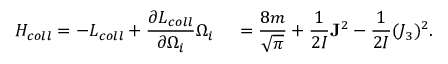
H _ { c o l l } = - L _ { c o l l } + \frac { \partial L _ { c o l l } } { \partial \Omega _ { i } } \Omega _ { i } \, \quad = \frac { 8 m } { \sqrt { \pi } } + \frac { 1 } { 2 { \cal I } } { \bf J } ^ { 2 } - \frac { 1 } { 2 { \cal I } } ( J _ { 3 } ) ^ { 2 } .